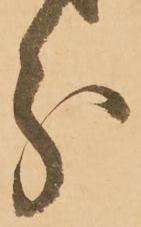
分